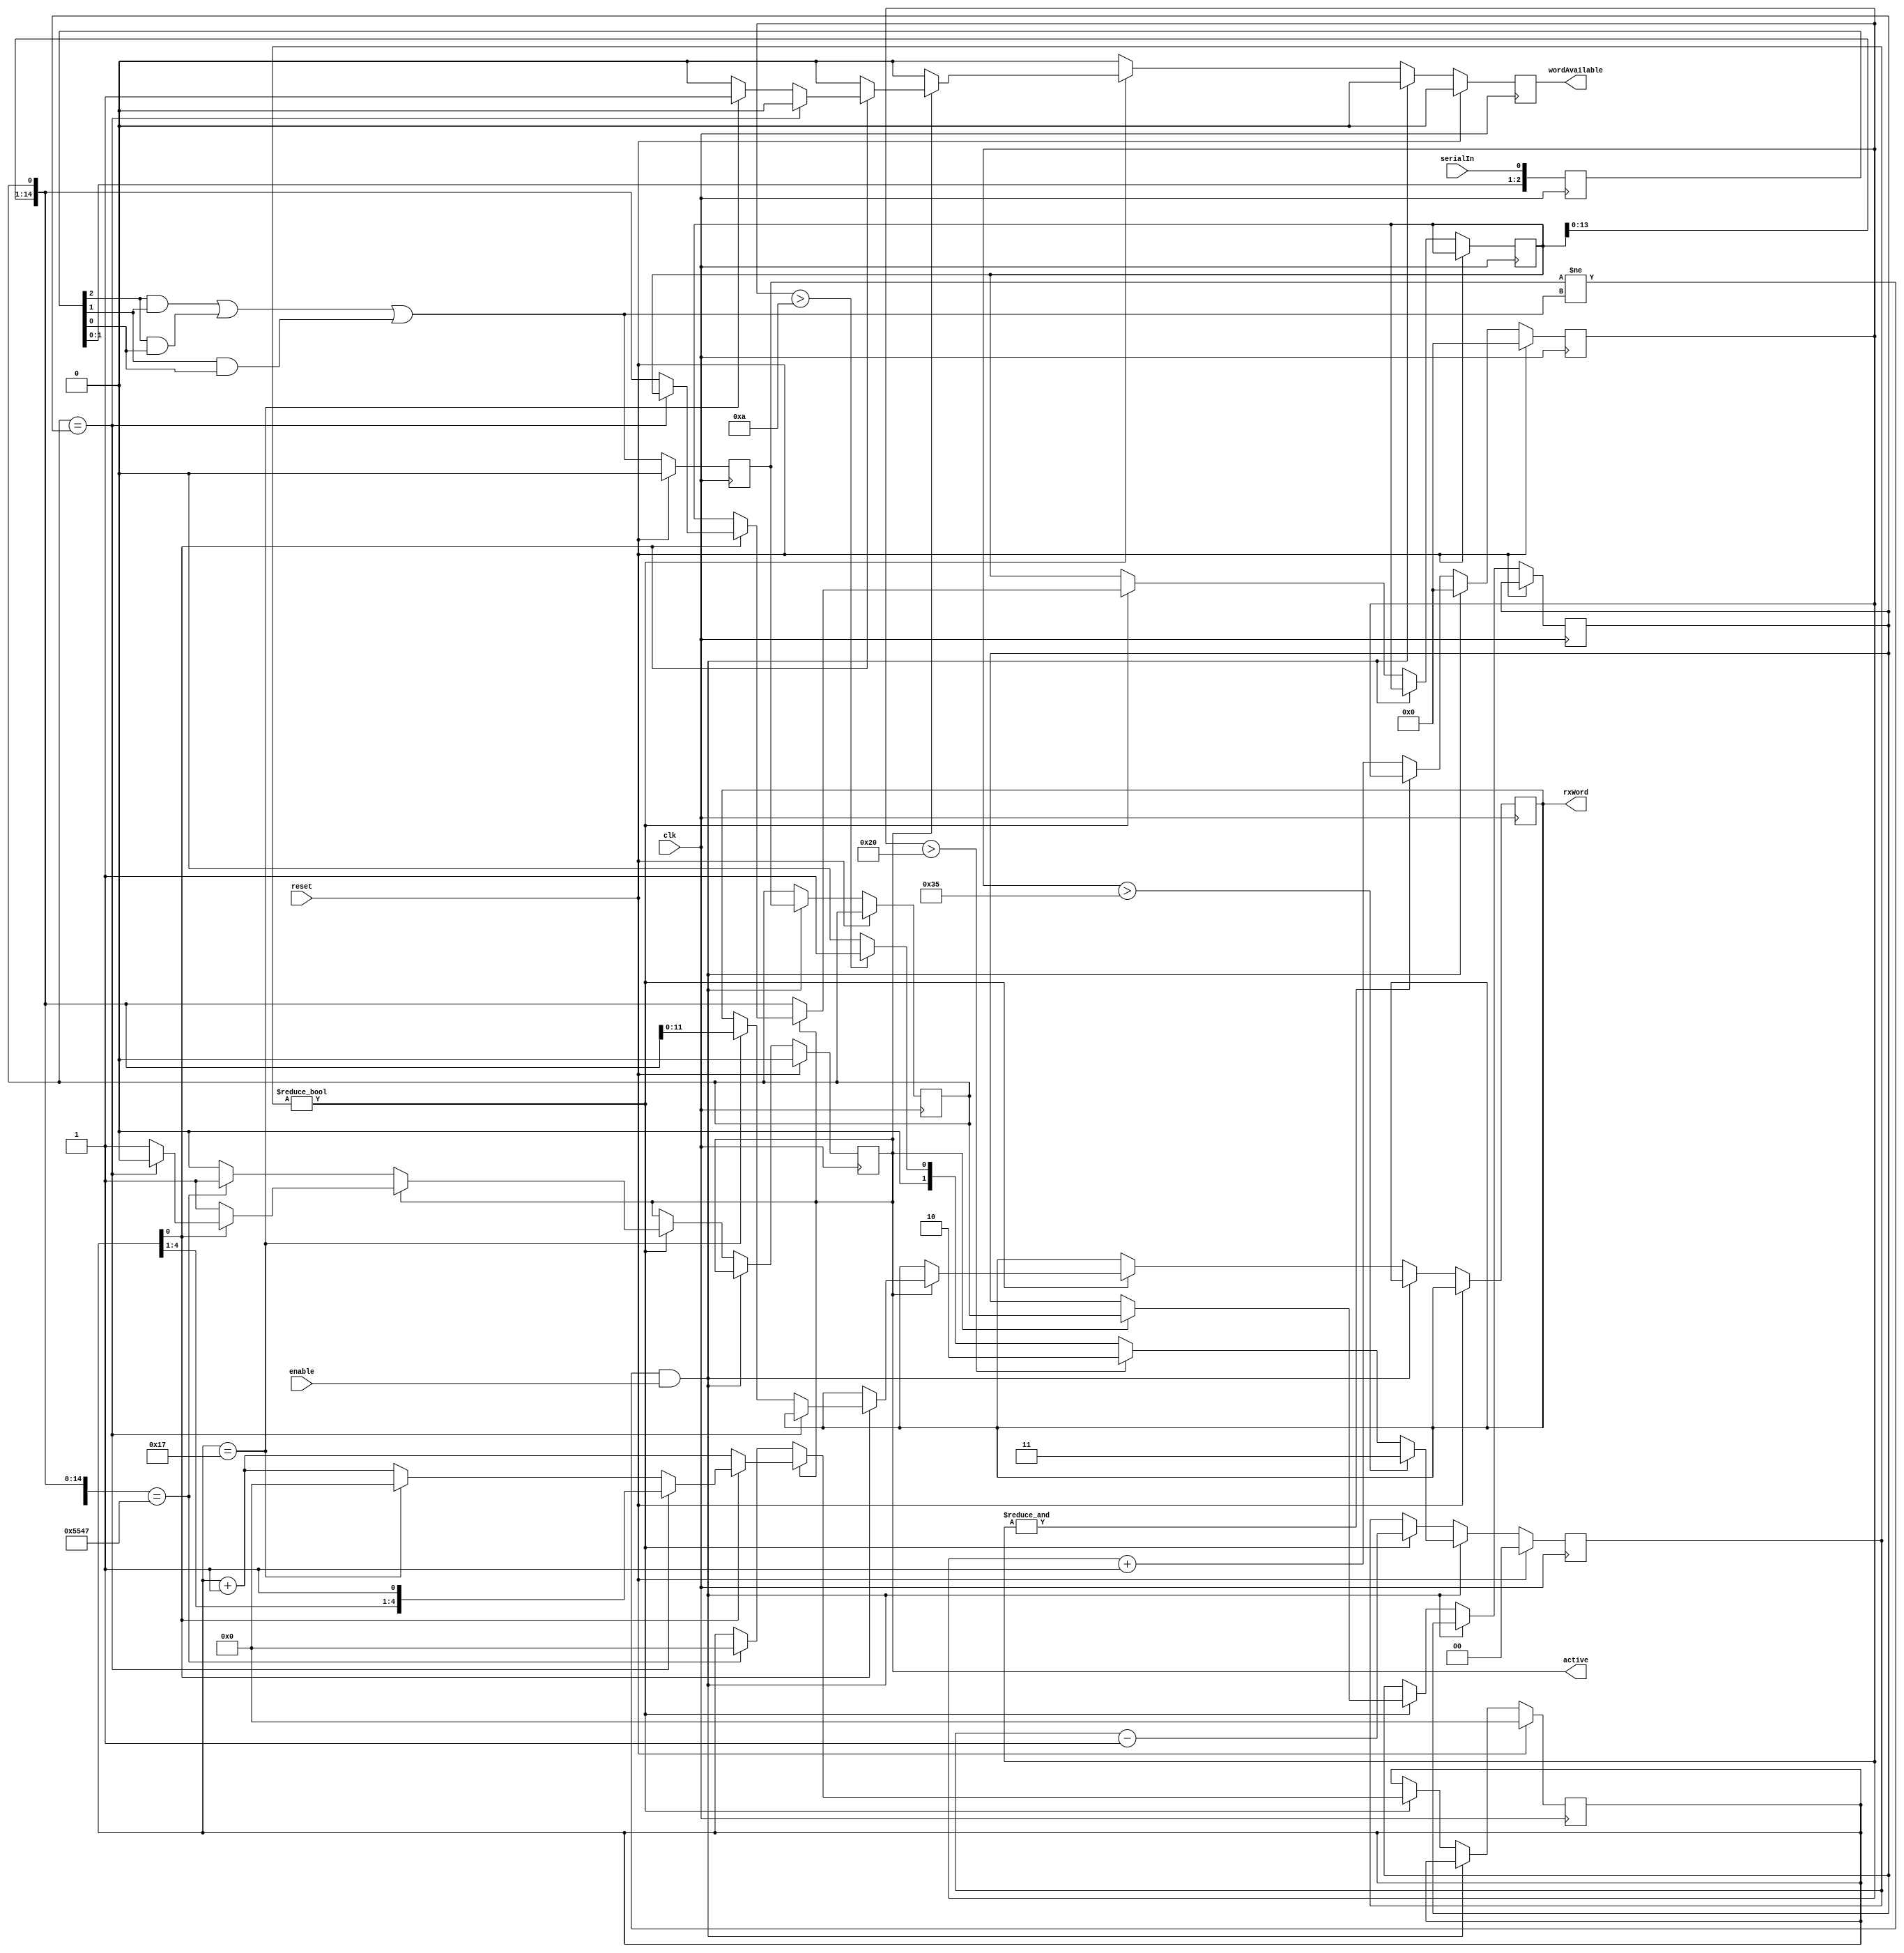
module receiver (
    input clk,
    input reset,
    input enable,
    input serialIn,
    output active,
    output reg [11:0] rxWord,
    output reg wordAvailable);
    
    parameter [15:0] header = 16'b0101010101000111;
    
    reg [2:0] history;
    wire serialInFiltered;
    assign serialInFiltered = (history[2] && history[1]) ||
                              (history[2] && history[0]) ||
                              (history[1] && history[0]);
    
    assign active = state;

    reg prevSerialInFiltered;
    reg [15:0] counter;
    reg newBit;
    reg complementaryBit;
    reg [1:0] runLength;
    
    reg state;
    reg [4:0] progress;
    reg [14:0] shiftReg;
    
    always @(posedge clk)
    begin
        history <= {history[1:0], serialIn};
        if (reset)
            prevSerialInFiltered <= 1'b0;
        else
            prevSerialInFiltered <= serialInFiltered;
    end
    
    always @(posedge clk)
    begin
       
        wordAvailable <= 0;
        
        if (reset)
        begin
        
            counter <= 0;
            runLength <= 0;
            state <= 0;
            progress <= 0;
            
        end
        else if ((prevSerialInFiltered != serialInFiltered) && enable)
        begin
        
            //Make note of the bit state
            newBit <= prevSerialInFiltered;
            
            //Determine the length of this bit run
            if (counter > 53)
                runLength <= 3;
            else if (counter > 32)
                runLength <= 2;
            else if (counter > 10)
                runLength <= 1;
            else
                runLength <= 0;
                
            //Reset the count
            counter <= 0;
            
        end
        else
        begin
            if (~&counter)
                counter <= counter + 1;
            if (runLength)
            begin
                //Process a bit
                runLength <= runLength - 1;
                
                if (state == 0)
                begin
                
                    shiftReg <= {shiftReg[14:0], newBit};
                    if ({shiftReg[14:0], newBit} == header)
                    begin
                        state <= 1;
                        progress <= 0;
                        
                    end
                    
                end
                else if (state == 1)
                begin
                    
                    if (progress[0])
                    begin
                        if (newBit == complementaryBit)
                            state <= 0;
                        else
                        begin
                            shiftReg <= {shiftReg[14:0], newBit};
                            if (progress == 23)
                            begin
                                rxWord <= {shiftReg[10:0], newBit};
                                wordAvailable <= 1;
                                progress <= 0;
                            end
                            else
                                progress <= progress + 1;
                        end
                    end
                    else
                        progress <= progress + 1;
                    
                    complementaryBit <= newBit;
                    
                    
                end
            end
        end
    end
    
endmodule